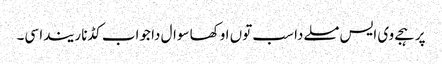
پر ہجے وی ایس مسلے دا سب توں اوکھا سوال دا جواب کڈنا ریندا سی۔